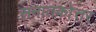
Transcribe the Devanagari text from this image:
सनातकोत्तर